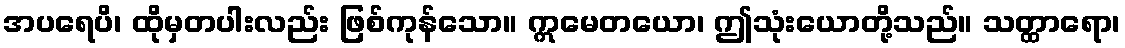
အပရေပိ၊ ထိုမှတပါးလည်း ဖြစ်ကုန်သော။ ဣမေတယော၊ ဤသုံးယောတို့သည်။ သတ္ထာရော၊